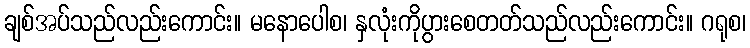
ချစ်အပ်သည်လည်းကောင်း။ မနောပေါစ၊ နှလုံးကိုပွားစေတတ်သည်လည်းကောင်း။ ဂရုစ၊